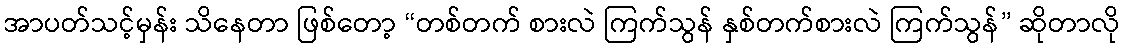
အာပတ်သင့်မှန်း သိနေတာ ဖြစ်တော့ “တစ်တက် စားလဲ ကြက်သွန် နှစ်တက်စားလဲ ကြက်သွန်” ဆိုတာလို